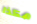
هكذا